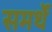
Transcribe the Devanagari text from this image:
समर्थें